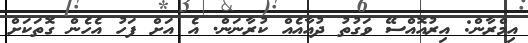
އިމްރާން: އިރުއޮއްސޭ ވަގުތު ދުއާއެއް ކުރާނަން. އެ އަށް ފަހު އެހެން ގޮތަކަށް